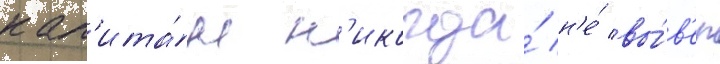
кап'ита́н н'икогда́ н'е́ вы́в'ел